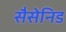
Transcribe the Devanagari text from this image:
सैसेनिड